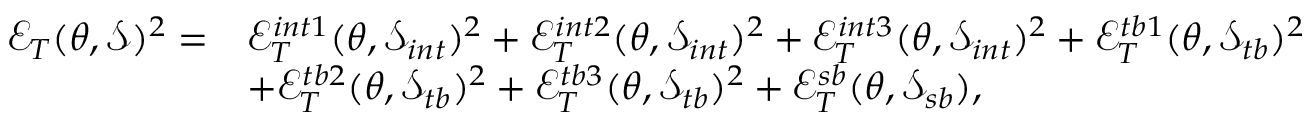
\begin{array} { r l } { \mathcal { E } _ { T } ( \theta , \mathcal { S } ) ^ { 2 } = } & { \mathcal { E } _ { T } ^ { i n t 1 } ( \theta , \mathcal { S } _ { i n t } ) ^ { 2 } + \mathcal { E } _ { T } ^ { i n t 2 } ( \theta , \mathcal { S } _ { i n t } ) ^ { 2 } + \mathcal { E } _ { T } ^ { i n t 3 } ( \theta , \mathcal { S } _ { i n t } ) ^ { 2 } + \mathcal { E } _ { T } ^ { t b 1 } ( \theta , \mathcal { S } _ { t b } ) ^ { 2 } } \\ & { + \mathcal { E } _ { T } ^ { t b 2 } ( \theta , \mathcal { S } _ { t b } ) ^ { 2 } + \mathcal { E } _ { T } ^ { t b 3 } ( \theta , \mathcal { S } _ { t b } ) ^ { 2 } + \mathcal { E } _ { T } ^ { s b } ( \theta , \mathcal { S } _ { s b } ) , } \end{array}